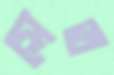
সেত